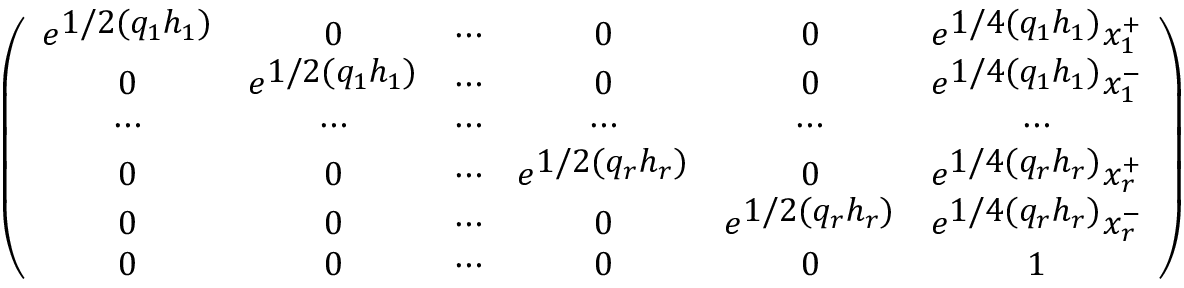
\left( \begin{array} { c c c c c c } { { e ^ { \textstyle 1 / 2 ( q _ { 1 } h _ { 1 } ) } } } & { { 0 } } & { { \cdots } } & { { 0 } } & { { 0 } } & { { e ^ { \textstyle 1 / 4 ( q _ { 1 } h _ { 1 } ) } x _ { 1 } ^ { + } } } \\ { { 0 } } & { { e ^ { \textstyle 1 / 2 ( q _ { 1 } h _ { 1 } ) } } } & { { \cdots } } & { { 0 } } & { { 0 } } & { { e ^ { \textstyle 1 / 4 ( q _ { 1 } h _ { 1 } ) } x _ { 1 } ^ { - } } } \\ { { \cdots } } & { { \cdots } } & { { \cdots } } & { { \cdots } } & { { \cdots } } & { { \cdots } } \\ { { 0 } } & { { 0 } } & { { \cdots } } & { { e ^ { \textstyle 1 / 2 ( q _ { r } h _ { r } ) } } } & { { 0 } } & { { e ^ { \textstyle 1 / 4 ( q _ { r } h _ { r } ) } x _ { r } ^ { + } } } \\ { { 0 } } & { { 0 } } & { { \cdots } } & { { 0 } } & { { e ^ { \textstyle 1 / 2 ( q _ { r } h _ { r } ) } } } & { { e ^ { \textstyle 1 / 4 ( q _ { r } h _ { r } ) } x _ { r } ^ { - } } } \\ { { 0 } } & { { 0 } } & { { \cdots } } & { { 0 } } & { { 0 } } & { { 1 } } \end{array} \right)